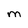
Character: m